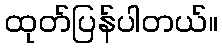
ထုတ်ပြန်ပါတယ်။